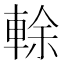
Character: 𨌎